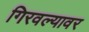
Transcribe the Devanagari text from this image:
गिरवल्यावर